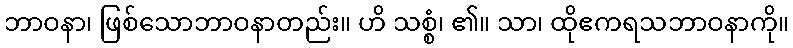
ဘာဝနာ၊ ဖြစ်သောဘာဝနာတည်း။ ဟိ သစ္စံ၊ ၏။ သာ၊ ထိုဧကရသဘာဝနာကို။